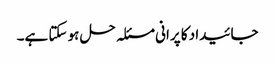
جائیداد کا پرانی مسئلہ حل ہو سکتا ہے۔